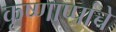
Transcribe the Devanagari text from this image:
कृष्णाप्पांचे